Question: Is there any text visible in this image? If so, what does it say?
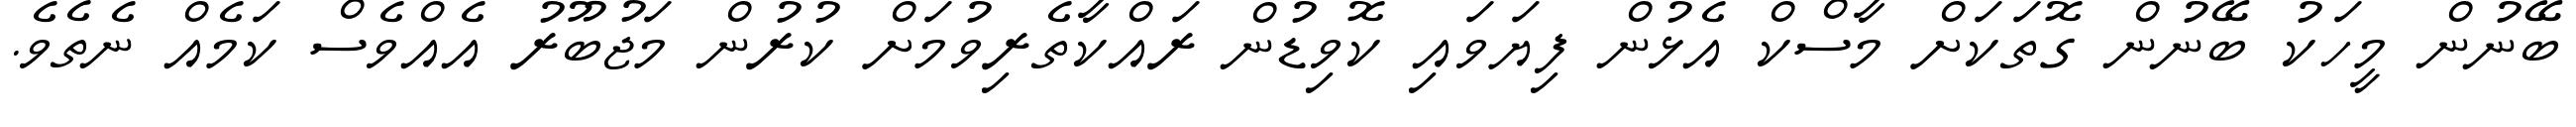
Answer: ބޭނުން މީހަކު ބޭނުން ގޮތަކަށް މާސްކް އެޅުން ފިޔަވައި ކޮވިޑުން ރައްކާތެރިވުމަށް ކުރުން މަޖުބޫރު އެއްވެސް ކަމެއް ނެތެވެ.